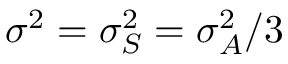
\sigma ^ { 2 } = \sigma _ { S } ^ { 2 } = \sigma _ { A } ^ { 2 } / 3